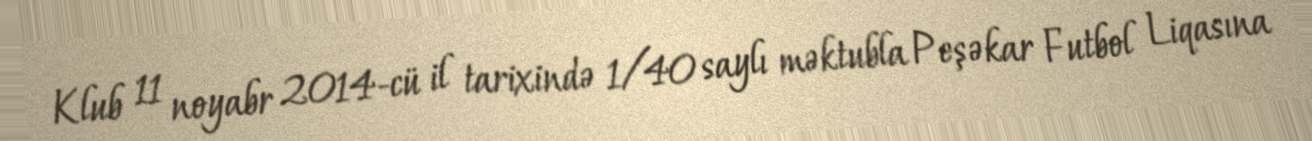
Klub 11 noyabr 2014-cü il tarixində 1/40 saylı məktubla Peşəkar Futbol Liqasına